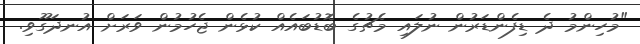
"މުހިންމު ދެ ޑިފެންޑަރުން ނުލައި މެޗުގެ ބޮޑުބައެއް ކުޅެން ޖެހުމުން ވަރަށް އުނދަގޫވި.